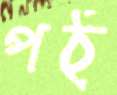
পঠ্